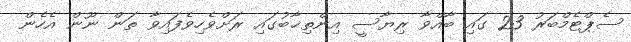
ސެޕްޓެމްބަރު 23 ގައި ބާއްވާ ރިޔާސީ އިންތިޚާބުގައި ރަށްވެހިވެފައިވާ ތަން ނޫން އެހެން